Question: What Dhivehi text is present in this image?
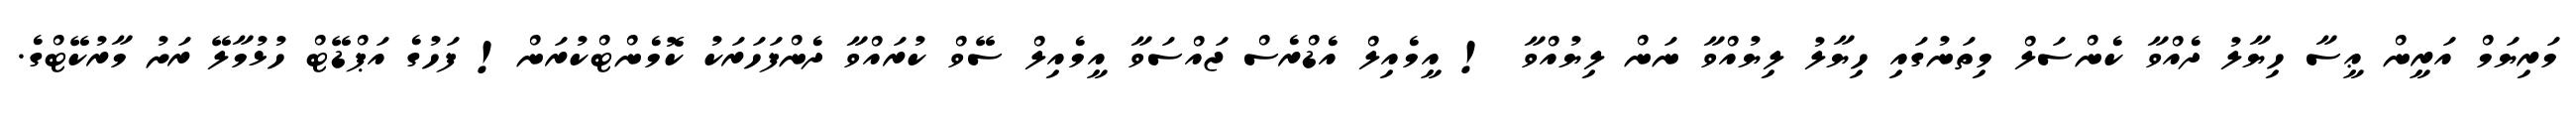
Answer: މަރިޔަމް އަރީން ޢީސާ ހިޔާލު ދެއްވާ ކެންސަލް މިތަނުގައި ހިޔާލު ލިޔުއްވާ ނަން ލިޔުއްވާ ! އީމެއިލް އެޑްރެސް ޖައްސަވާ އީމެއިލް ސޭވް ކުރައްވާ ދެންފަހަރަކު ކޮމެންޓްކުރަން! ފަހުގެ އަޕްޑޭޓް ހުޅުމާލޭ ރަށު މާރުކޭޓްގެ.